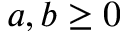
a , b \geq 0